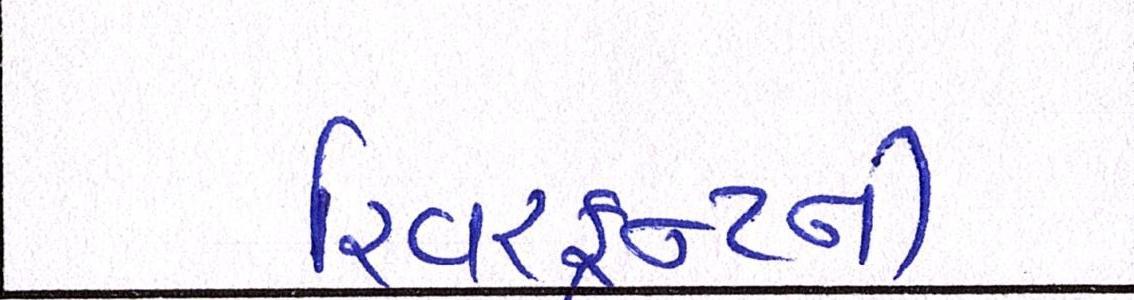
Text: રિવરફ્રન્ટની